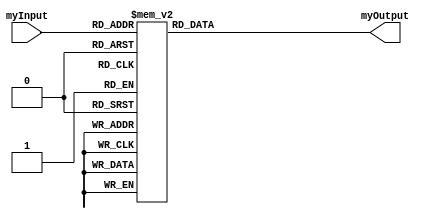
`timescale 1ns / 1ps
//////////////////////////////////////////////////////////////////////////////////
// Company: 
// Engineer: 
// 
// Design Name: 
// Module Name:    behave 
// Project Name: 
// Target Devices: 
// Tool versions: 
// Description: 
//
// Dependencies: 
//
// Revision: 
// Revision 0.01 - File Created
// Additional Comments: 
//
//         __________
//        |   a     |
//        |f       b|
//        |___g_____|  0to7 = a to g
//        |         |
//        |e       c|
//        |___d_____|
//
//////////////////////////////////////////////////////////////////////////////////
module behave(
    input [3:0] myInput,
    output [6:0] myOutput
    );  
	 reg [6:0] myOutput1;
	always @ (myInput)
	begin
	
	case (myInput)			/*  abcdefg    */
	4'b0000: myOutput1 <= 7'b1111110;
	4'b0001: myOutput1 <= 7'b0110000;
	4'b0010: myOutput1 <= 7'b1101101;
	4'b0011: myOutput1 <= 7'b1111001;
	4'b0100: myOutput1 <= 7'b0110011;
	4'b0101: myOutput1 <= 7'b1011011;
	4'b0110: myOutput1 <= 7'b1011111;
	4'b0111: myOutput1 <= 7'b1110000;
	4'b1000: myOutput1 <= 7'b1111111;
	4'b1001: myOutput1 <= 7'b1111011;
	4'b1010: myOutput1 <= 7'b0001101;
	4'b1011: myOutput1 <= 7'b0011001;
	4'b1100: myOutput1 <= 7'b0100011;
	4'b1101: myOutput1 <= 7'b1001011;
	4'b1110: myOutput1 <= 7'b0001111;
	4'b1111: myOutput1 <= 7'b0000000;
	//default case for none
	default: myOutput1 = 7'b0000000;
	endcase
	end
assign myOutput = myOutput1;	

endmodule